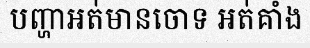
បញ្ហាអត់មានចោទ អត់គាំង